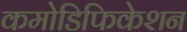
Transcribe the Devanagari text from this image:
कमोडिफिकेशन